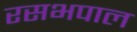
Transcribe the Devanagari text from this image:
रसभपाल